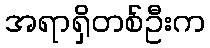
အရာရှိတစ်ဦးက